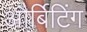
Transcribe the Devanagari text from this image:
और्बिटिंग